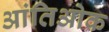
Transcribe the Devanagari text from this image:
आंतिओक